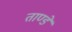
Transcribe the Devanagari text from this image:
ताण्डे